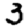
Digit: 3